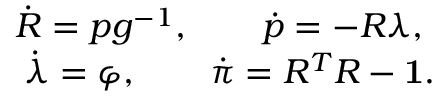
\begin{array} { r } { \dot { R } = p g ^ { - 1 } , \qquad \dot { p } = - R \lambda , ~ } \\ { \dot { \lambda } = \varphi , \qquad \dot { \pi } = R ^ { T } R - { \bf 1 } . } \end{array}